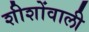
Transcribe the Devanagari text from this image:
शीशोंवाली